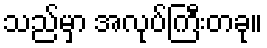
သည်မှာ အလုပ်ကြီးတခု။